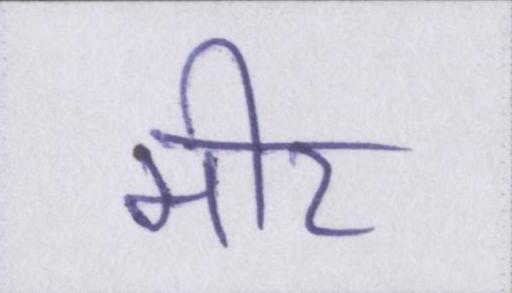
मीर